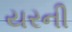
યરની